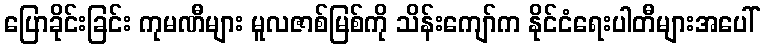
ပြောခိုင်းခြင်း ကုမဏီများ မူလဇာစ်မြစ်ကို သိန်းကျော်က နိုင်ငံရေးပါတီများအပေါ်